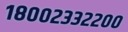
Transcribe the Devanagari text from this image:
१८००२३३२२००